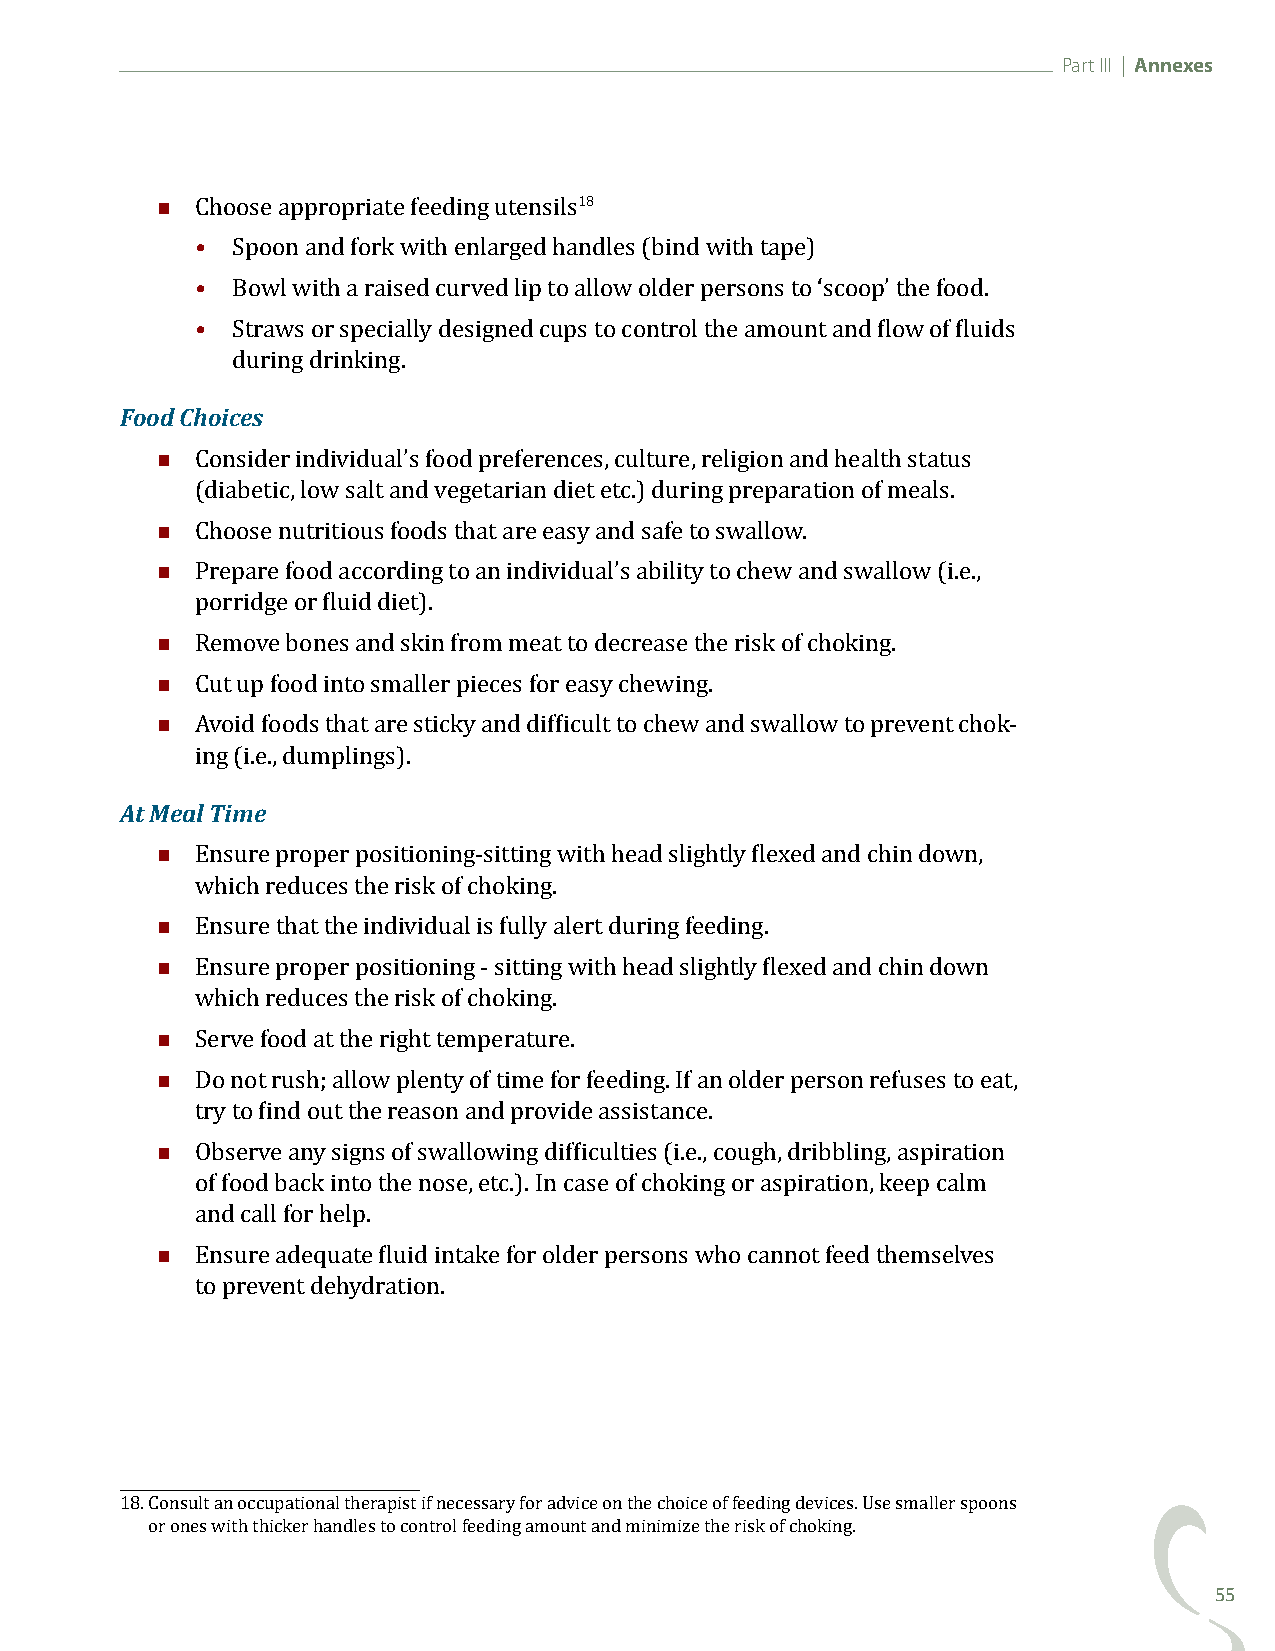
Part III | Annexes
 
 18
 Choose appropriate feeding utensils
 • Spoon and fork with enlarged handles (bind with tape)
 • Bowl with a raised curved lip to allow older persons to ‘scoop’ the food.
 • Straws or specially designed cups to control the amount and flow of fluids
 Food Choicdeusring drinking.
 
 Consider individual’s food preferences, culture, religion and health status
 
 (diabetic, low salt and vegetarian diet etc.) during preparation of meals.
 
 Choose nutritious foods that are easy and safe to swallow.
 Prepare food according to an individual’s ability to chew and swallow (i.e.,
 
 porridge or fluid diet).
 
 Remove bones and skin from meat to decrease the risk of choking.
 
 Cut up food into smaller pieces for easy chewing.
 Avoid foods that are sticky and difficult to chew and swallow to prevent chok-
 At Meailn Tgi m(i.ee., dumplings).
 
 Ensure proper positioning-sitting with head slightly flexed and chin down,
 
 which reduces the risk of choking.
 
 Ensure that the individual is fully alert during feeding.
 Ensure proper positioning - sitting with head slightly flexed and chin down
 
 which reduces the risk of choking.
 
 Serve food at the right temperature.
 Do not rush; allow plenty of time for feeding. If an older person refuses to eat,
 
 try to find out the reason and provide assistance.
 Observe any signs of swallowing difficulties (i.e., cough, dribbling, aspiration
 of food back into the nose, etc.). In case of choking or aspiration, keep calm
 
 and call for help.
 Ensure adequate fluid intake for older persons who cannot feed themselves
 to prevent dehydration.
 18. Consult an occupational therapist if necessary for advice on the choice of feeding devices. Use smaller spoons
 or ones with thicker handles to control feeding amount and minimize the risk of choking.
 55